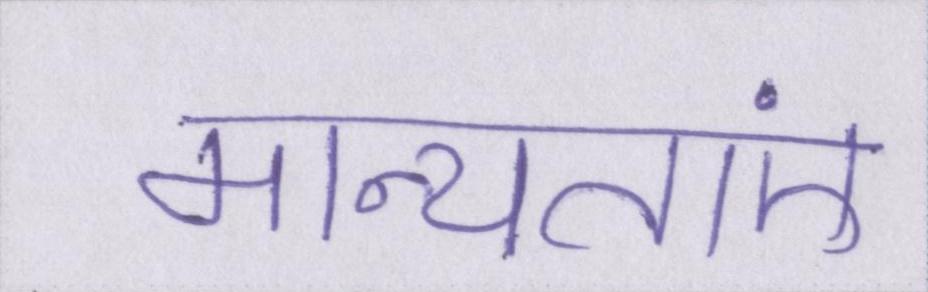
मान्यताएं